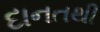
દાનતથી